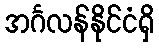
အင်္ဂလန်နိုင်ငံရှိ